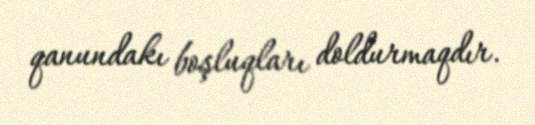
qanundakı boşluqları doldurmaqdır.